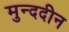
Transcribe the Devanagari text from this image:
मुन्ददीन